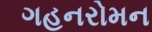
ગહનરોમન